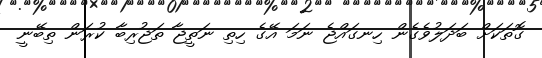
ގޮތަކަށް ބަދަލުވެގެން ހިނގައްޖެ ނަމަ އޭގެ ހިތި ނަތީޖާ ތަޖުރިބާ ކުރަން ތިބޭނީ